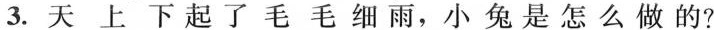
3. 天上下起了毛毛细雨，小兔是怎么做的？